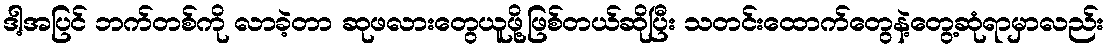
ဒါ့အပြင် ဘက်တစ်ကို လာခဲ့တာ ဆုဖလားတွေယူဖို့ဖြစ်တယ်ဆိုပြီး သတင်းထောက်တွေနဲ့တွေ့ဆုံရာမှာလည်း